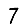
Digit: 7